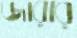
জারার